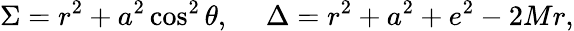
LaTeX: \Sigma=r^{2}+a^{2}\cos^{2}\theta,~~~~~\Delta=r^{2}+a^{2}+e^{2}-2Mr,